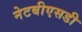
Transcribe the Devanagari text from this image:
नेटबीएसडी